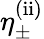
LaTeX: \eta_{\pm}^{\mathrm{(ii)}}